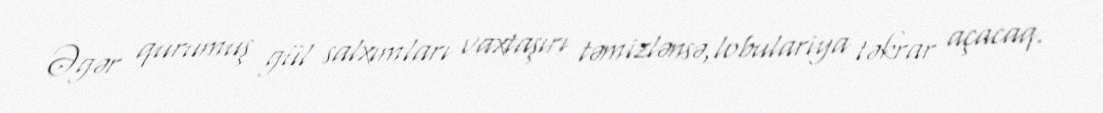
Əgər qurumuş gül salxımları vaxtaşırı təmizlənsə,lobulariya təkrar açacaq.